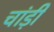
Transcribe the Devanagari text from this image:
चांड़ी